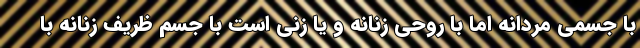
با جسمی مردانه اما با روحی زنانه و یا زنی است با جسم ظریف زنانه با